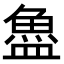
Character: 𬵉